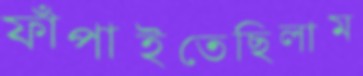
ফাঁপাইতেছিলাম